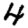
Digit: 4